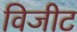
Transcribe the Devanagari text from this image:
विजीट